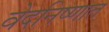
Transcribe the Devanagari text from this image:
वेदनिष्णात